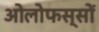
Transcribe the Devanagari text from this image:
ओलोफस्सों